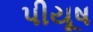
પીયૂષ